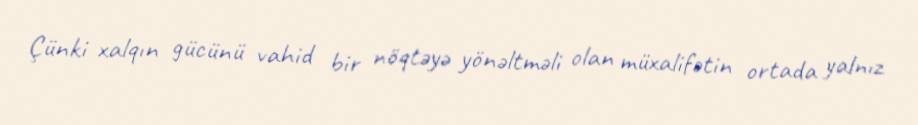
Çünki xalqın gücünü vahid bir nöqtəyə yönəltməli olan müxalifətin ortada yalnız